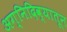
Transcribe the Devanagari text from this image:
अग्निदिव्यातून